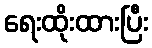
ရေးထိုးထားပြီး